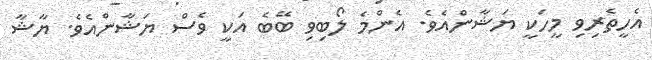
އެހީތެރިވި މީހަކީ ޔަޝާންއެވެ. އެންމެ ލޯބިވި ބޭބެ އަކީ ވެސް ޔަޝާންއެވެ. ޔާޝާ